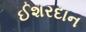
ઈશરદાન